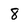
Character: 8